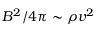
B ^ { 2 } / 4 \pi \sim \rho v ^ { 2 }